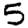
Digit: 5